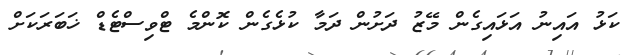
ކަޅު އައިނު އަޅައިގެން މޭޒު ދަށުން ދަމާ ކުޅެގެން ކޮންމެ ޓްވިސްޓެޑް ޚަބަރަކަށް